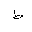
Letter: _da